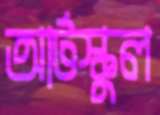
আর্টস্কুল